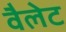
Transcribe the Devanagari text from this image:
वैलेट